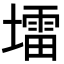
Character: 𪤠